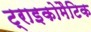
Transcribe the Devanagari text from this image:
ट्राइकोमैटिक